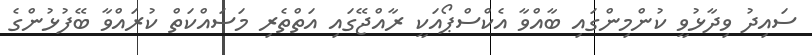
ސައިދު ވިދާޅުވީ ކުންމިންގައި ބާއްވާ އެކްސްޕޯއަކީ ރާއްޖޭގައި އަތްތެރި މަސައްކަތް ކުރައްވާ ބޭފުޅުންގެ